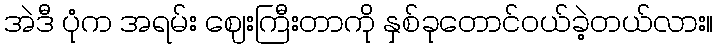
အဲဒီ ပုံက အရမ်း ဈေးကြီးတာကို နှစ်ခုတောင်ဝယ်ခဲ့တယ်လား။